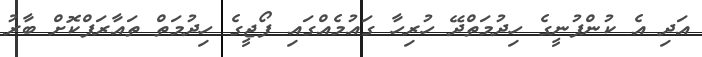
އަދި އެ ކުންފުނީގެ ހިދުމަތްދޭ ހުރިހާ ގައުމެއްގައި ފޯޖީގެ ހިދުމަތް ތައާރަފްކޮށް ބާރު